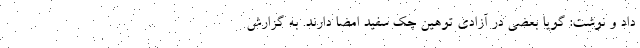
داد و نوشت: گویا بعضی در آزادی توهین چک سفید امضا دارند. به گزارش